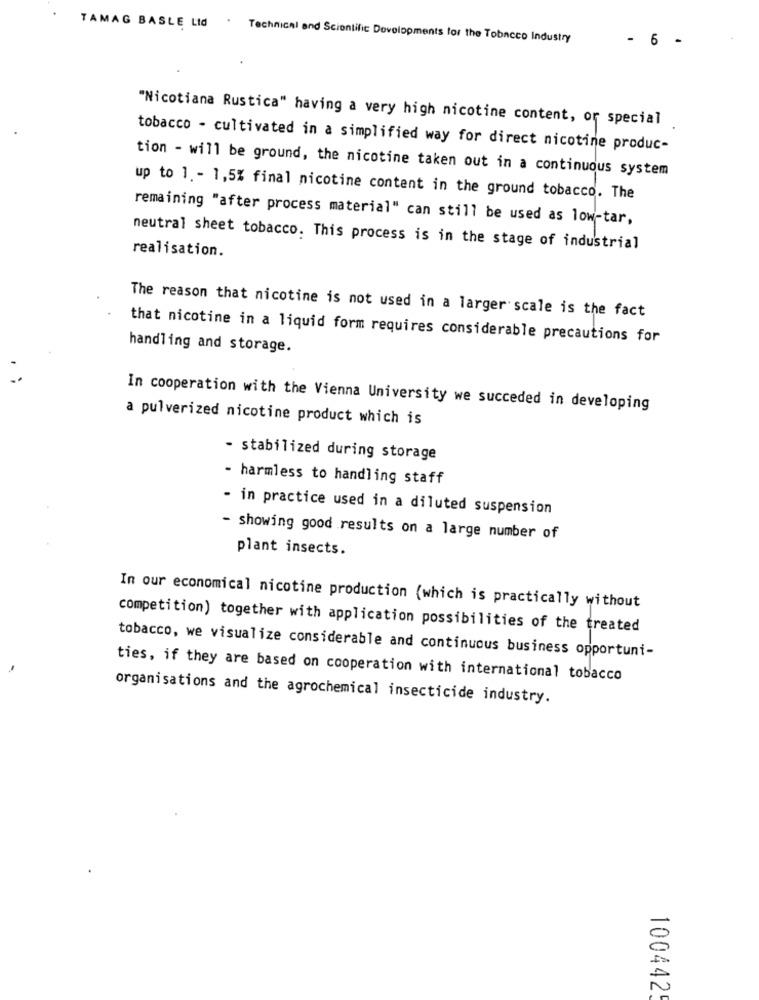
TAMAG BASLE LId . Technical and Scientific Developments for the Tobacco Industry
- 6 -
"Nicotiana Rustica" having a very high nicotine content, or special
tobacco - cultivated in a simplified way for direct nicotine produc-
tion - will be ground, the nicotine taken out in a continuous system
up to 1. - 1,5% final nicotine content in the ground tobacco. The
remaining "after process material" can still be used as low-tar,
neutral sheet tobacco. This process is in the stage of industrial
realisation.
The reason that nicotine is not used in a larger scale is the fact
that nicotine in a liquid form requires considerable precautions for
handling and storage.
In cooperation with the Vienna University we succeded in developing
a pulverized nicotine product which is
- stabilized during storage
- harmless to handling staff
- in practice used in a diluted suspension
- showing good results on a large number of
plant insects.
In our economical nicotine production (which is practically without
competition) together with application possibilities of the treated
tobacco, we visualize considerable and continuous business opportuni-
ties, if they are based on cooperation with international tobacco
organisations and the agrochemical insecticide industry.
1004425